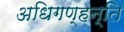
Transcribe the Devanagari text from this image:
अधिगण्हन्ति